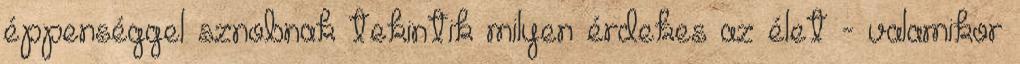
éppenséggel sznobnak tekintik milyen érdekes az élet - valamikor